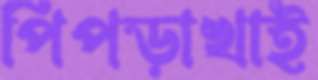
পিপড়াখাই